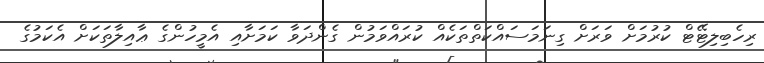
ރިހެބިލިޓޭޓް ކުރުމަށް ވަރަށް ގިނަމަސައްކަތްތަކެއް ކުރައްވަމުން ގެންދަވާ ކަމަށާއި އެމީހުންގެ ޢާއިލާތަކަށް އެކަމުގެ